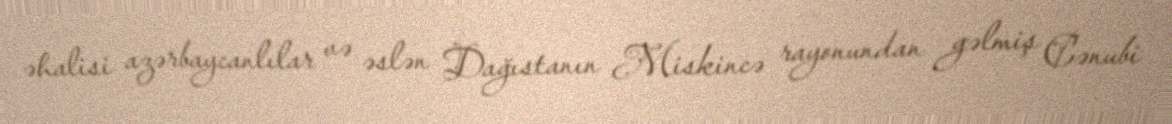
əhalisi azərbaycanlılar və əslən Dağıstanın Miskincə rayonundan gəlmiş Cənubi